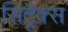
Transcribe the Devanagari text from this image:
सिट्रैक्स